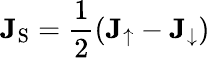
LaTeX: \mathbf{J}_{\textrm{S}}=\frac{1}{2}(\mathbf{J}_{\uparrow}-\mathbf{J}_{\downarrow})